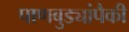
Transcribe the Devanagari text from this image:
पाणबुड्यांपैकी